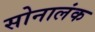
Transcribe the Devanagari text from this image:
सोनालंक